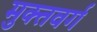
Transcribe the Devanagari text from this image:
मुक्तवर्ग